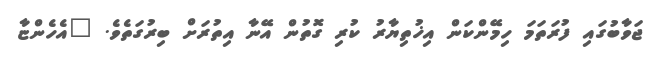
ޖަވާބުގައި ފުރަތަމަ ހިމޭންކަން އިޚުތިޔާރު ކުރި ގޮތުން އޭނާ އިތުރަށް ބިރުގަތެވެ. "އެހެންޏާ